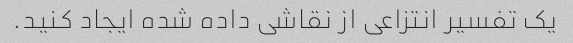
یک تفسیر انتزاعی از نقاشی داده شده ایجاد کنید.